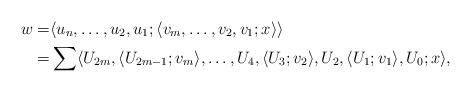
LaTeX: \begin{align*}w=&\langle u_n,\dots,u_2,u_1;\langle v_m,\dots,v_2,v_1;x\rangle\rangle\\=&\sum \langle U_{2m},\langle U_{2m-1};v_m\rangle,\dots,U_4,\langle U_3;v_2\rangle, U_2,\langle U_1;v_1\rangle,U_0;x\rangle,\end{align*}